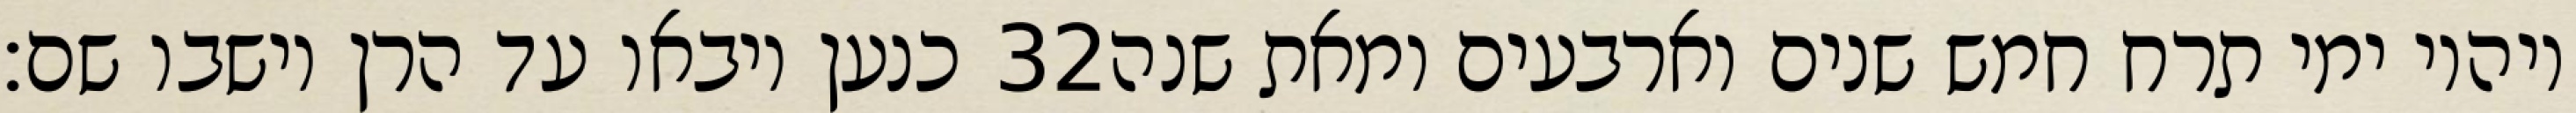
כנען ויבאו עד הרן וישבו שם׃ ‎32‏ ויהיו ימי תרח חמש שנים וארבעים ומאת שנה